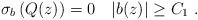
LaTeX: \begin{align*} \sigma_b\left( Q(z)\right)=0 \quad|b(z)|\geq C_1\ .\end{align*}